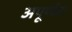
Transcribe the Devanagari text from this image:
अपूर्णतः